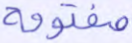
مفتوحة